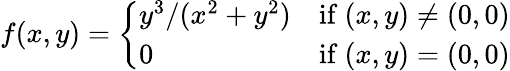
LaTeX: f(x,y)={\left\{ \begin{array}{ll}{y^{3}/(x^{2}+y^{2})}&{{\mathrm{if~}}(x,y)\neq(0,0)}\\ {0}&{{\mathrm{if~}}(x,y)=(0,0)}\end{array}\right.}